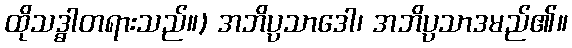
ထိုသဒ္ဓါတရားသည်။) အဘိပ္ပသာဒေါ၊ အဘိပ္ပသာဒမည်၏။